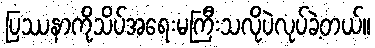
ပြဿနာကိုသိပ်အရေးမကြီးသလိုပဲလုပ်ခဲ့တယ်။